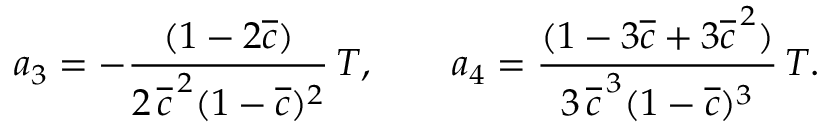
\begin{array} { c c c } { \displaystyle { a _ { 3 } = - \frac { ( 1 - 2 \overline { { c } } ) } { 2 \, \overline { { c } } ^ { \, 2 } ( 1 - \overline { { c } } ) ^ { 2 } } \, T , \qquad a _ { 4 } = \frac { ( 1 - 3 \overline { { c } } + 3 \overline { { c } } ^ { \, 2 } ) } { 3 \, \overline { { c } } ^ { \, 3 } ( 1 - \overline { { c } } ) ^ { 3 } } \, T . } } \end{array}